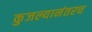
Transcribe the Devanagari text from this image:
कुजल्यानंतरच